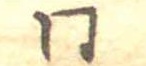
同